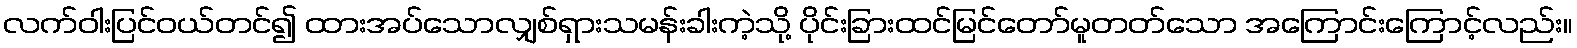
လက်ဝါးပြင်ဝယ်တင်၍ ထားအပ်သောလျှစ်ရှားသမန်းခါးကဲ့သို့ ပိုင်းခြားထင်မြင်တော်မူတတ်သော အကြောင်းကြောင့်လည်း။